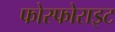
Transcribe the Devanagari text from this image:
फोस्फोराइट